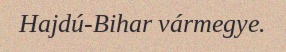
Hajdú-Bihar vármegye.